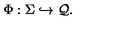
\Phi : \Sigma \hookrightarrow { \cal Q } .